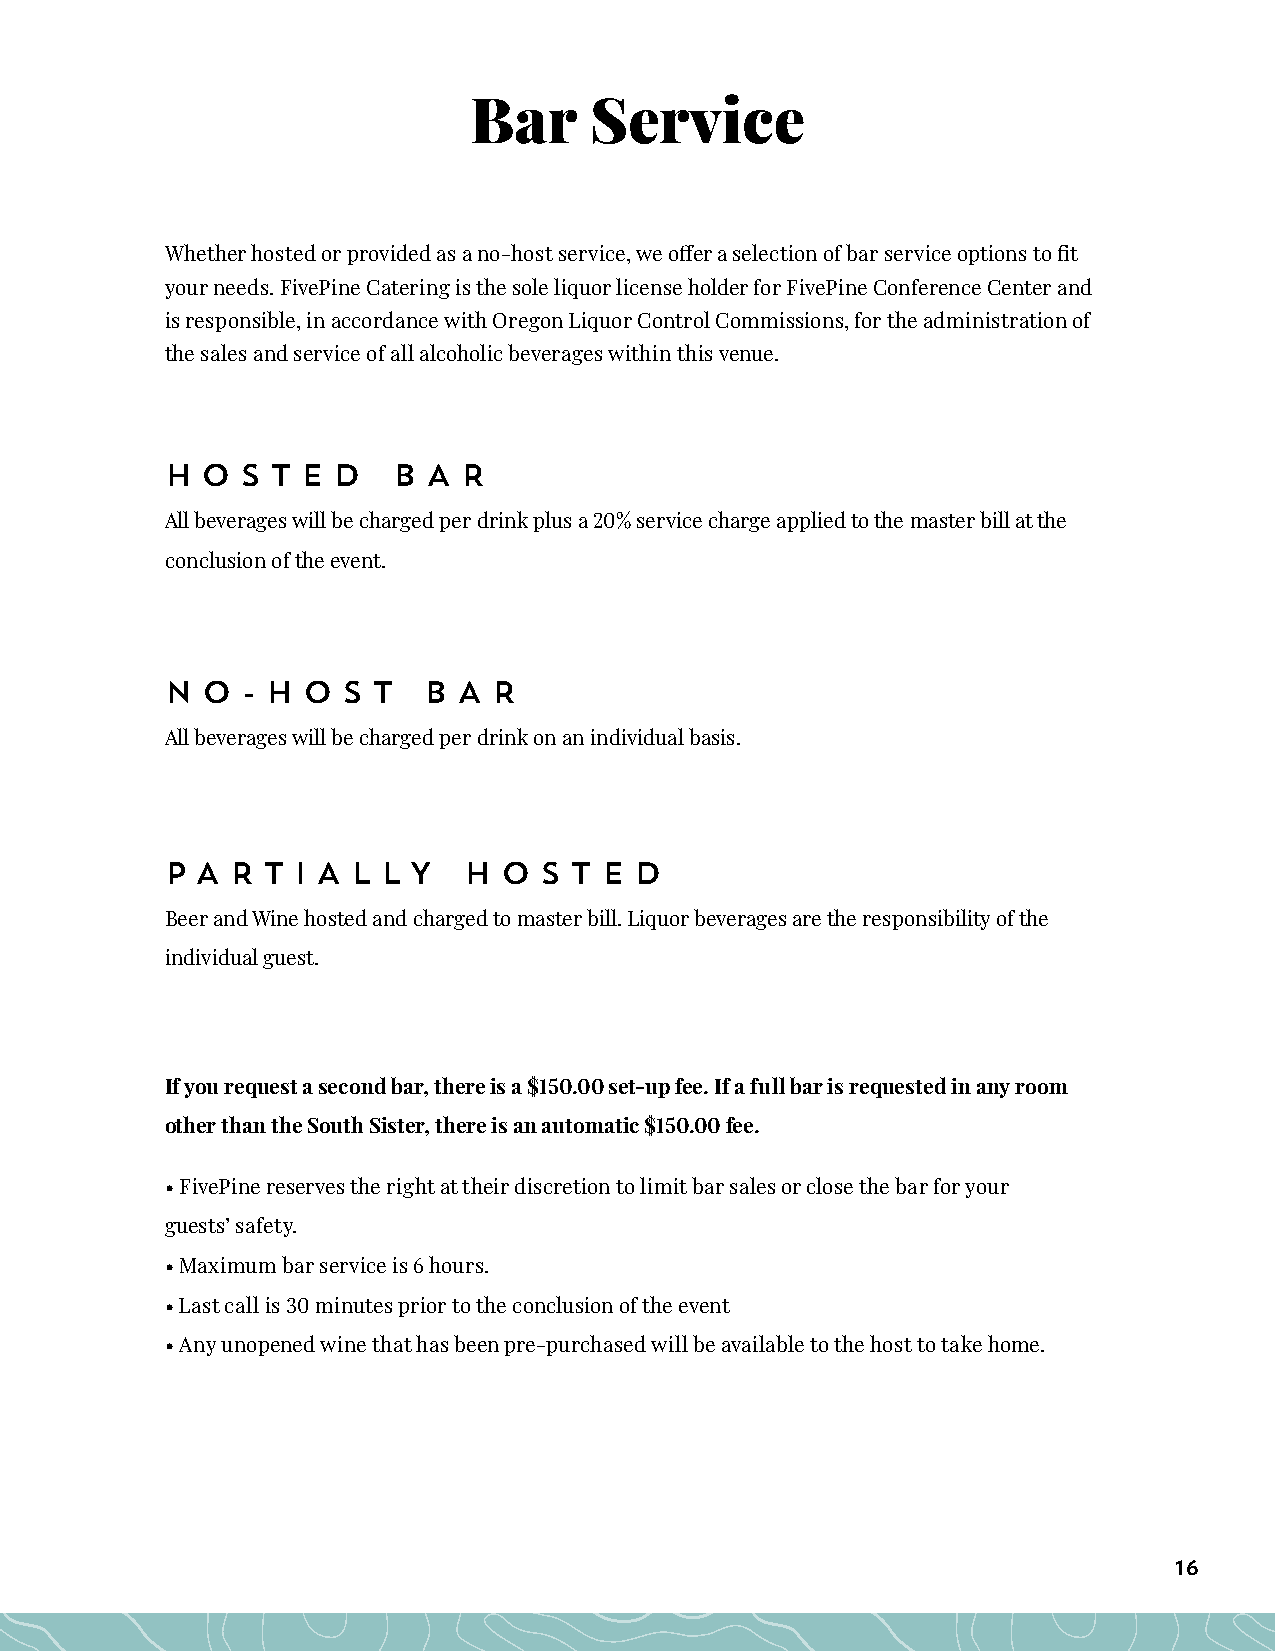
Bar     Service
 Whether hosted or provided as a no-host service, we offer a selection of bar service options to fit
 your needs. FivePine Catering is the sole liquor license holder for FivePine Conference Center and
 is responsible, in accordance with Oregon Liquor Control Commissions, for the administration of
 the sales and service of all alcoholic beverages within this venue.
 H O  S T E D   B A  R
 All beverages will be charged per drink plus a 20% service charge applied to the master bill at the
 conclusion of the event.
 N O  - H O  S T  B A  R
 All beverages will be charged per drink on an individual basis.
 P A R T I A L L Y   H O  S T E D
 Beer and Wine hosted and charged to master bill. Liquor beverages are the responsibility of the
 individual guest.
 If you request a second bar, there is a $150.00 set-up fee. If a full bar is requested in any room
 other than the South Sister, there is an automatic $150.00 fee.
 • FivePine reserves the right at their discretion to limit bar sales or close the bar for your
 guests’ safety.
 • Maximum bar service is 6 hours.
 • Last call is 30 minutes prior to the conclusion of the event
 • Any unopened wine that has been pre-purchased will be available to the host to take home.
 16